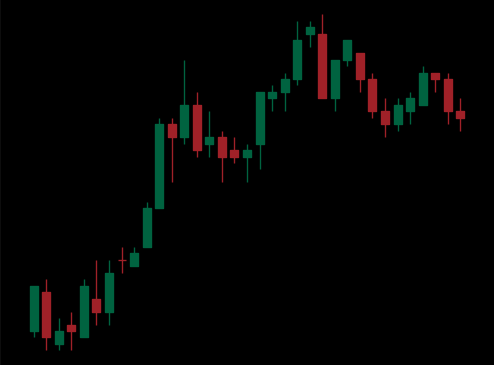
Pattern: bear_flag